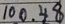
1 0 0 . 4 8